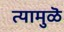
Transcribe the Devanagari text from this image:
त्यामुळॆ